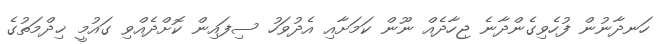
ހަނދާނުން ފުހެވިގެންދާނެ ޖިހާދެއް ނޫން ކަމަށާއި އެދުވަހު ސިފައިން ކޮށްދެއްވި ގައުމީ ޚިދްމަތުގެ